Medical and sanitary report of the native army of Madras for the year
Year: 1875
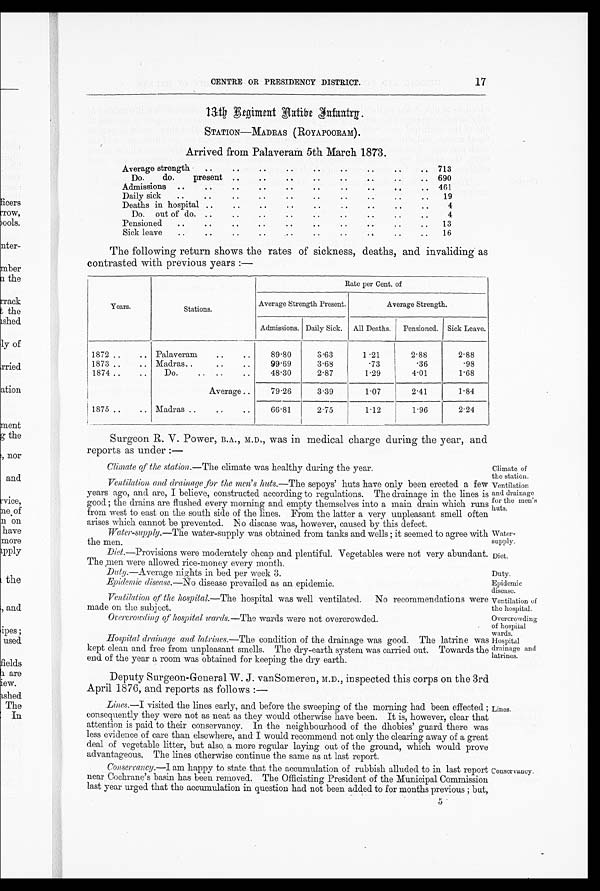
Climate of
the station.
Ventilation
and drainage
for the men's
huts.
water.
supply.
Diet.
Duty.
Epidemic
disease.
Ventilation of
the hospital.
Overcrowding
of hospital
wards.
Hospital
drainage and
latrines.
17
CENTRE OR PRESIDENCY DISTRICT.
13th Regiment Native Infantry.
STATION—MADRAS (ROYAPOORAM).
Arrived from Palaveram 5th March 1873.
Average strength
..
.. ..
• .
..
..
.. ..
713
Do. do. present ..
..
....
..
.. 690
Admissions ..
.
461
Daily sick
..
..
• •
• •
..
. •
..
..
19
Deaths in hospital ... •
• •
..
4
Do. out of do. .
..
4
Pensioned
..
.. ..
..•
a..
13
Sick
leave..
..
. • • • • • • • . .
. .
16
The following return shows the rates of sickness, deaths, and invaliding as
contrasted with previous years :—
Years.
Stations.
Rate per Cent. of
Average Strength Present.
Average Strength.
Admissions. Daily Sick.
All Deaths.
Pensioned.
Sick Leave
1872
.. Palaveram
..
..
89.80
3.63
1.21
2.88
2.88
..
1873 ..
.. Madras..
..
..
99.69
3.68
.73
.36
.98
1874 ..
..
Do.
.. ..
..
48.30
2.87
1.29
4.01
1.68
Average ..
79.26
3.39
1.07
2.41
1.84
1875 ..
.. Madras ..
..
..
66.81
2.75
1.12
1.96
2.24
Surgeon R. V. Power, B.A., M.D., was in medical charge during the year, and
reports as under : —
Climate of the station. —The climate was healthy during the year.
Ventilation and drainage for the men's huts .—The sepoys' huts have only been erected a few
years ago, and are, I believe, constructed according to regulations. The drainage in the lines is
good ; the drains are flushed. every morning and empty themselves into a main drain which runs
from west to east on the south side of the lines. From the latter a very unpleasant smell often
arises which cannot be prevented. No disease was, however, caused by this defect.
Water-supply.—The water-supply was obtained from tanks and wells ; it seemed to agree with
the men.
Diet. —Provisions were moderately cheap and plentiful. Vegetables were not very abundant.
The ,men were allowed rice-money every month.
Duty.—Average nights in bed per week 3.
Epidemic disease. —No disease prevailed as an epidemic.
Ventilation of the hospital. —The hospital was well ventilated. No recommendations were
made on the subject.
Overcrowding of hospital wards. —The wards were not overcrowded.
Hospital drainage and latrines .—The condition of the drainage was good. The latrine was
kept clean and free from unpleasant smells. The dry-earth system was carried out. Towards the
end of the year a room was obtained for keeping the dry earth.
Deputy Surgeon-General W. J. vanSomeren, M.D., inspected this corps on the 3rd
April 1876, and reports as follows :—
Lines .—I visited the lines early, and before the sweeping of the morning had been effected ;
consequently they were not as neat as they would otherwise have been. It is, however, clear that
attention is paid to their conservancy. In the neighbourhood of the dhobies' guard there was
less evidence of care than elsewhere, and I would recommend not only the clearing away of a great
deal of vegetable litter, but also, a more regular laying out of the ground, which would prove
advantageous. The lines otherwise continue the same as at last report.
Conservancy.—I am happy to state that the accumulation of rubbish alluded to in last report
near Cochrane's basin has been removed. The Officiating President of the Municipal Commission
last year urged that the accumulation in question had not been added to for months previous ; but,
Lines.
Conservancy.